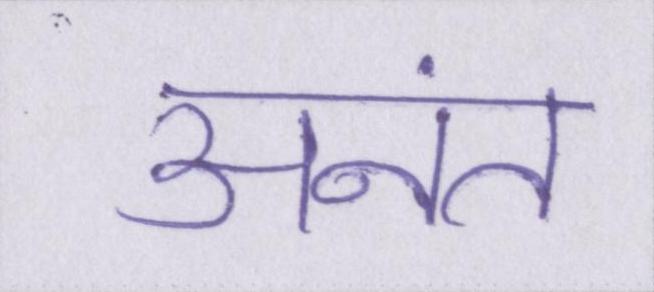
अनंत